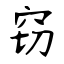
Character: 窃